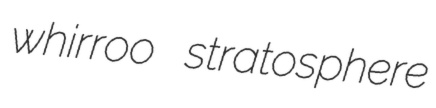
whirroo stratosphere